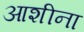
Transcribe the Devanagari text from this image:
आशीना